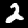
Label: 2